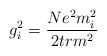
\begin{align*}g_{i}^{2} = \frac{N e^2 m_{i}^{2}}{2 tr m^2}\end{align*}